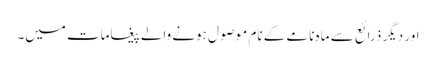
اور دیگر ذرائع سے ماہ نامے کے نام موصول ہونے والے پیغامات میں۔